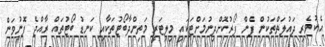
އެކުވެރި ދައުލަތްތަކުން ފެން ފޯރުކޮށްދިނުމަށްޓަކައި މިލިޓަރީ މަތިންދާބޯޓުތަކާއި ކަނޑު ބޯޓުތައް ރާއްޖެ ފޮނުވަން